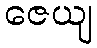
ဇေယျ